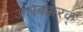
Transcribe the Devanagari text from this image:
अलबक्करक्